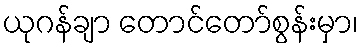
ယုဂန်ချာ တောင်တော်စွန်းမှာ၊